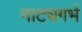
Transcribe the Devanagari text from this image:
नाट्यगर्भ